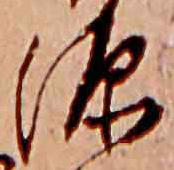
深